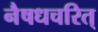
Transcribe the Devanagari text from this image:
नैषधचरित्‌